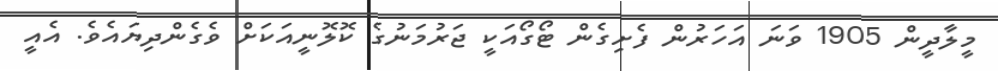
މީލާދީން 1905 ވަނަ އަހަރުން ފެށިގެން ޓޯގޯއަކީ ޖަރުމަނުގެ ކޮލޮނީއަކަށް ވެގެންދިޔައެވެ. އެއީ